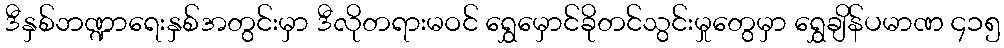
ဒီနှစ်ဘဏ္ဍာရေးနှစ်အတွင်းမှာ ဒီလိုတရားမဝင် ရွှေမှောင်ခိုတင်သွင်းမှုတွေမှာ ရွှေချိန်ပမာဏ ၄၁၅